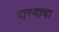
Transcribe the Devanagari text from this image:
दास्याचा